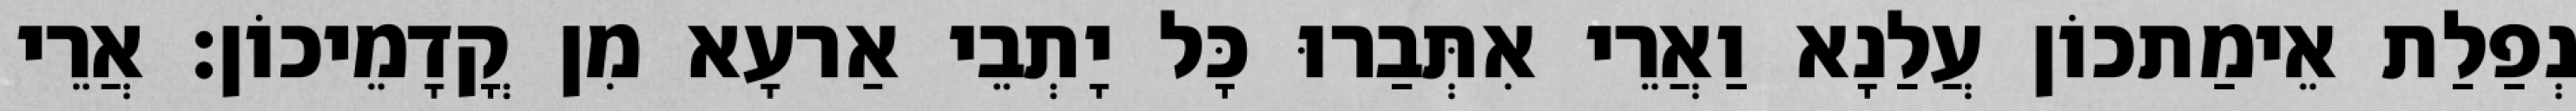
נְפַלַת אֵימַתכוֹן עֲלַנָא וַאֲרֵי אִתְּבַרוּ כָּל יָתְבֵי אַרעָא מִן קֳדָמֵיכוֹן׃ אֲרֵי